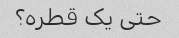
حتی یک قطره؟